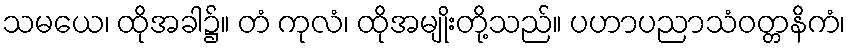
သမယေ၊ ထိုအခါ၌။ တံ ကုလံ၊ ထိုအမျိုးတို့သည်။ ပဟာပညာသံဝတ္တနိကံ၊